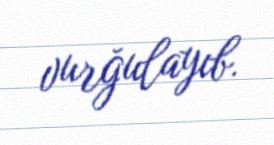
vurğulayıb.